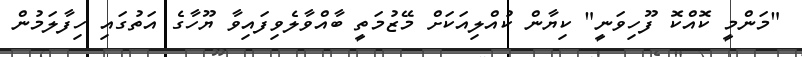
"މަންމީ ކޮއްކޮ ފޫހިވަނީ" ކިޔާން ކުއްލިއަކަށް މޭޒުމަތީ ބާއްވާލެވިފައިވާ ޔޫހާގެ އަތުގައި ހިފާލަމުން